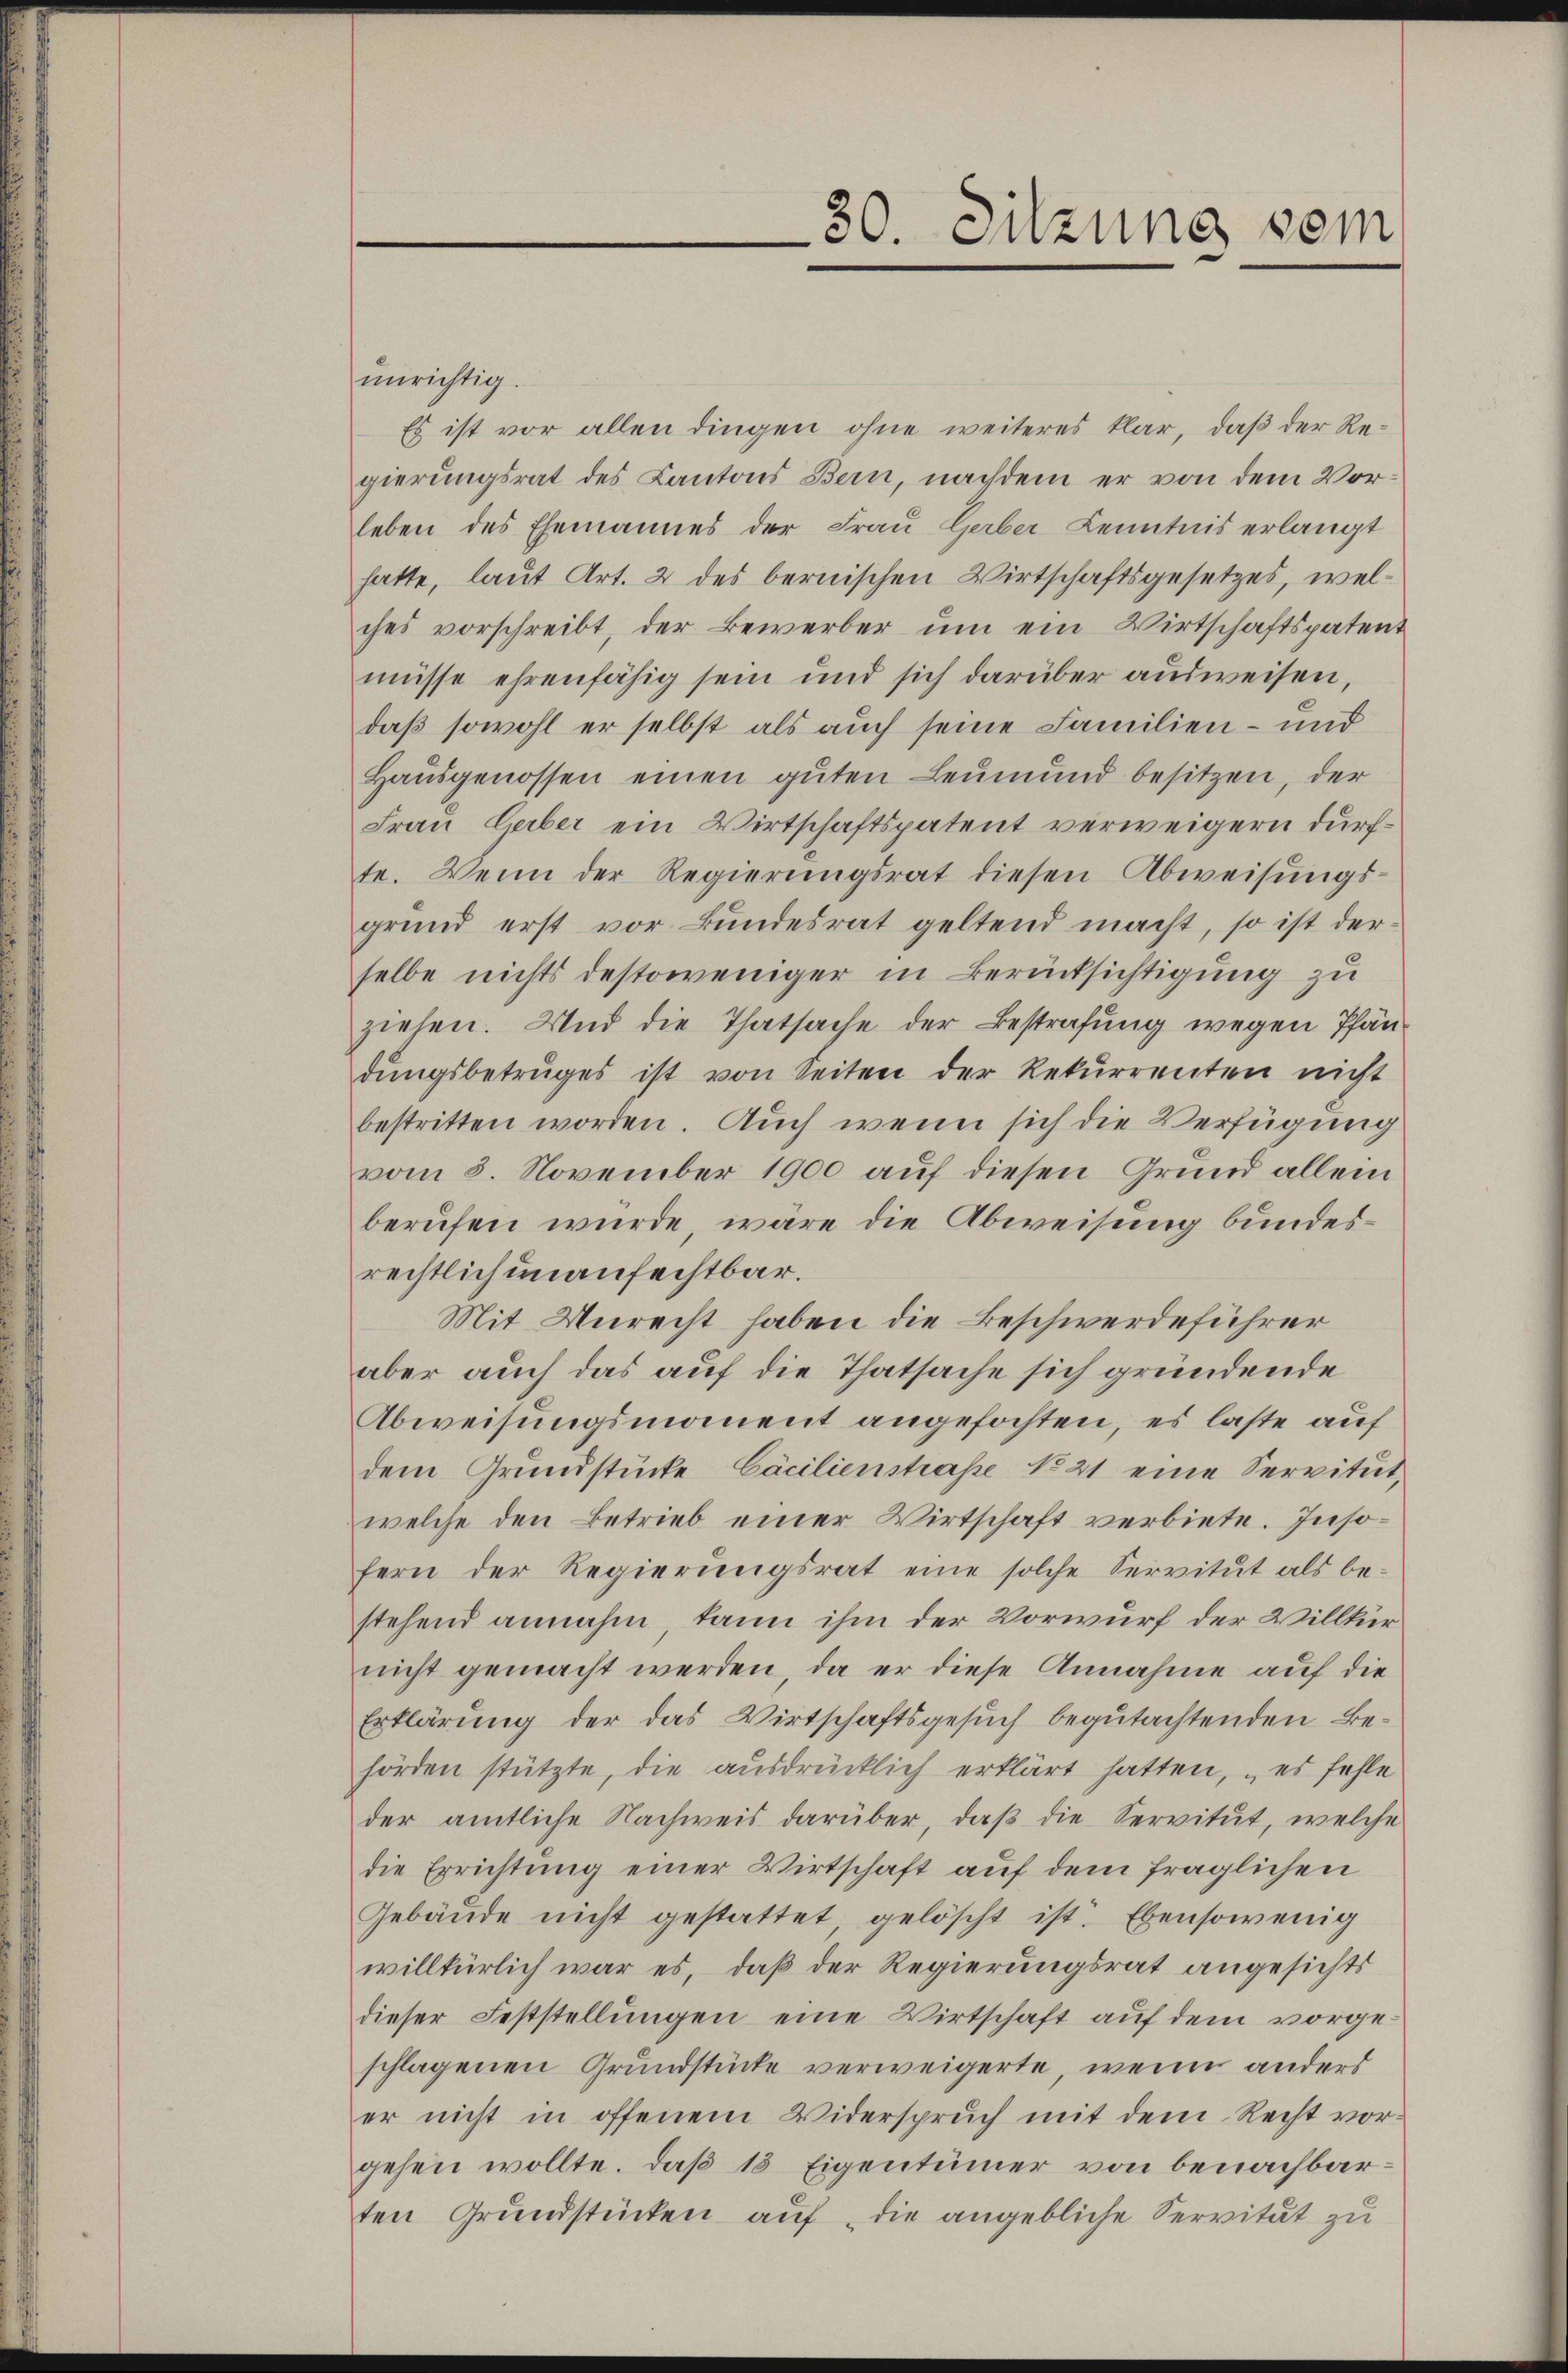
unrichtig.
Es ist vor allen dingen ohne weiteres klar, daß der Regierungsrat des Kantons Bern, nachdem er von dem Vorleben des Ehemannes der Frau Gerber Kenntnis erlangt
hatte, laut Art. 2 des bernischen Wirtschaftsgesetzes, welches vorschreibt, der Bewerber um ein Wirtschaftspatent
müsse ehrenfähig sein und sich darüber ausweisen,
daß sowohl er selbst als auch seine Familien- und
Haŭsgenossen einen gŭten Leŭmŭnd besitzen, der
Frau Geber ein Wirtschaftspatent verweigern durfte. Wenn der Regierungsrat diesen Abweisungsgrŭnd erst vor Bŭndesrat geltend macht, so ist der-
selbe nichts destoweniger in Berücksichtigung zu
ziehen. Und die Thatsache der Bestrafung wegen Pfändŭngsbetruges ist von Seiten der Rekŭrrenten nicht
bestritten worden. Auch wenn sich die Verfügung
vom 8. November 1900 auf diesen Grund allein
berufen wurde, wäre die Abweisung bundesrechtlich unanfechtbar.
Mit Unrecht haben die Beschwerdeführer
aber auch das auf die Thatsache sich gründende
Abweisungsmanent angefochten, es laste auf
dem Grundstücke Cäcilienstraße No 21 eine Servitut,
welche den Betrieb einer Wirtschaft verbiete. Insofern der Regierŭngsrat eine solche Servitŭt als be-
stehend annahm, kann ihm der Vorwurf der Willkurnicht gemacht werden, da er diese Annahme auf die
Erklärung der das Wirtschaftsgesuch begutachtenden Behörden stützte, die aŭsdrücklich erklärt hatten, es fehle
der amtliche Nachweis darüber, daβ die Servitut, welche
die Errichtung einer Wirtschaft auf dem fraglichen
Gebäŭde nicht gestattet, gelöscht ist. Ebensowenig
willkürlich war es, daß der Regierungsrat angesichts
dieser Feststellungen eine Wirtschaft auf dem vorgeschlagenen Grundstücke verweigerte, wenn anders
er nicht in offenem Widerspruch mit dem Recht vorgehen wollte. Daß 15 Eigentümer von benachbarten Grundstücken auf die angebliche Servität zu

30. Sitzung vom